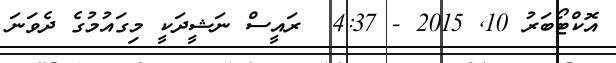
އޮކްޓޯބަރު 10